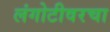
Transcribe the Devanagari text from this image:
लंगोटीवरचा